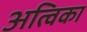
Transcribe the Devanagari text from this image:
अत्विका